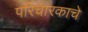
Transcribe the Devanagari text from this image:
परिचारकाचे